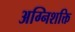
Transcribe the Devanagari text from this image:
अग्निशक्ति